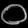
Digit: ၀